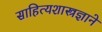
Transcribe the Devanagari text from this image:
साहित्यशास्त्रज्ञाने